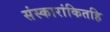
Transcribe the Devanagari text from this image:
संस्कारांकितहि